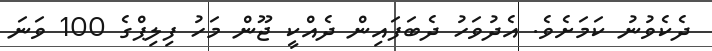
ދެކެވުނު ކަމަށެވެ. އެދުވަހު ދެބަފައިން ދެއްކީ ޖޫން މަހު ފިލިޕްގެ 100 ވަނަ